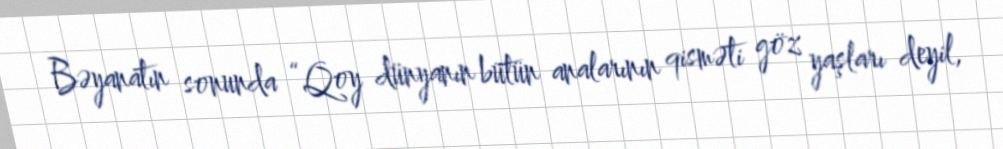
Bəyanatın sonunda “Qoy dünyanın bütün analarının qisməti göz yaşları deyil,